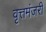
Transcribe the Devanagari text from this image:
वृत्तमंजरी